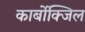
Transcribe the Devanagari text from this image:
कार्बोक्जिल